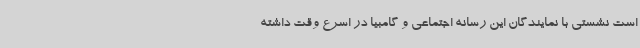
است نشستی با نمایندگان این رسانه اجتماعی و گامبیا در اسرع وقت داشته